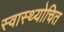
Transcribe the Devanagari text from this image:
स्वास्थ्योचित